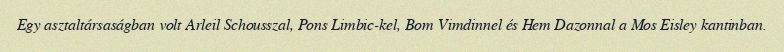
Egy asztaltársaságban volt Arleil Schousszal, Pons Limbic-kel, Bom Vimdinnel és Hem Dazonnal a Mos Eisley kantinban.